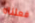
فعلناه